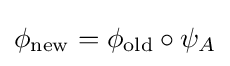
\phi _{\mathrm {new} }=\phi _{\mathrm {old} }\circ \psi _{A}